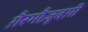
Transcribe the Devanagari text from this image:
ग़ैरमौज़ूदग़ी